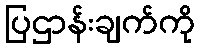
ပြဌာန်းချက်ကို